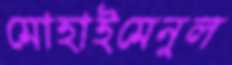
মোহাইমেনুল